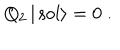
LaTeX: Q _ { 2 } \, | \, \mathrm { s o l } \rangle = 0 \; .